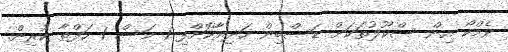
ވެމްކޯ އިން ސްކޫލުތަކަށް ޑަސްބިން ހަދިޔާކޮށްފި 1 މަސް 1 ހަފްތާ ކުރިން.